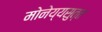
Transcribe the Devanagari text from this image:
मोनेय्यसुत्त